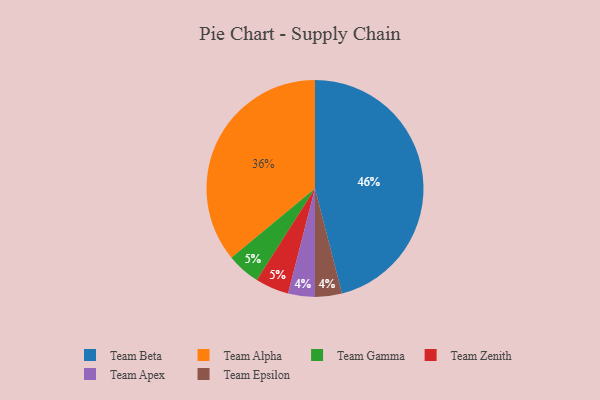
{"axis": {"x": "Category", "y": "Percentage"}, "legend": ["Team Alpha", "Team Apex", "Team Beta", "Team Epsilon", "Team Gamma", "Team Zenith"], "data": [{"x": "Team Gamma", "y": 5, "type": "Team Gamma"}, {"x": "Team Apex", "y": 4, "type": "Team Apex"}, {"x": "Team Beta", "y": 46, "type": "Team Beta"}, {"x": "Team Epsilon", "y": 4, "type": "Team Epsilon"}, {"x": "Team Zenith", "y": 5, "type": "Team Zenith"}, {"x": "Team Alpha", "y": 36, "type": "Team Alpha"}]}